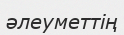
әлеуметтің